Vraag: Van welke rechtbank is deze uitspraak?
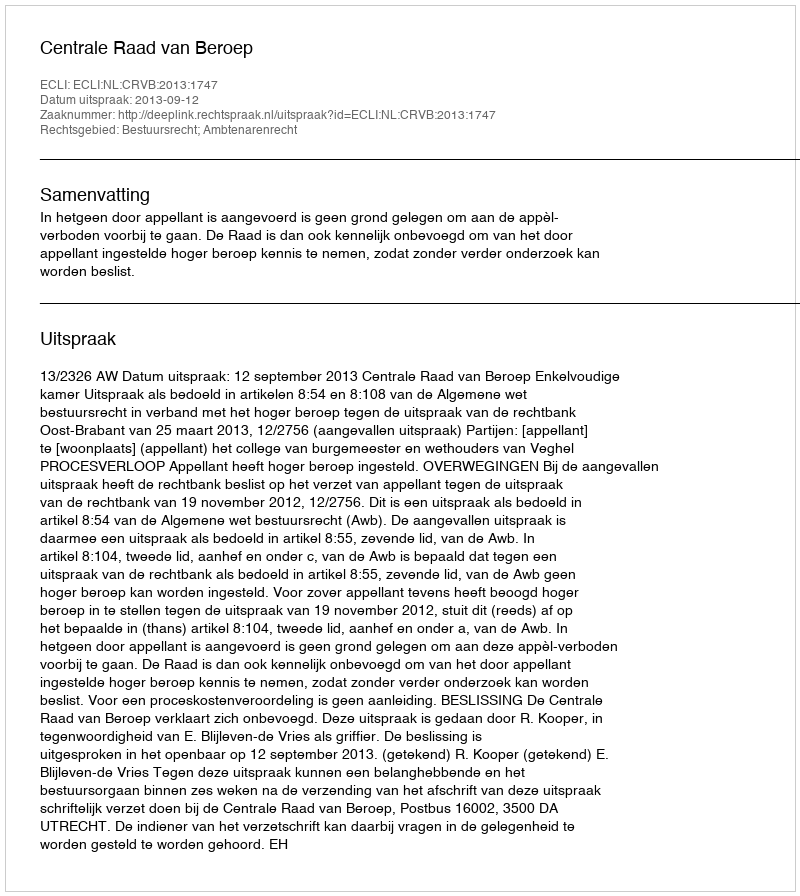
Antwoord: Centrale Raad van Beroep